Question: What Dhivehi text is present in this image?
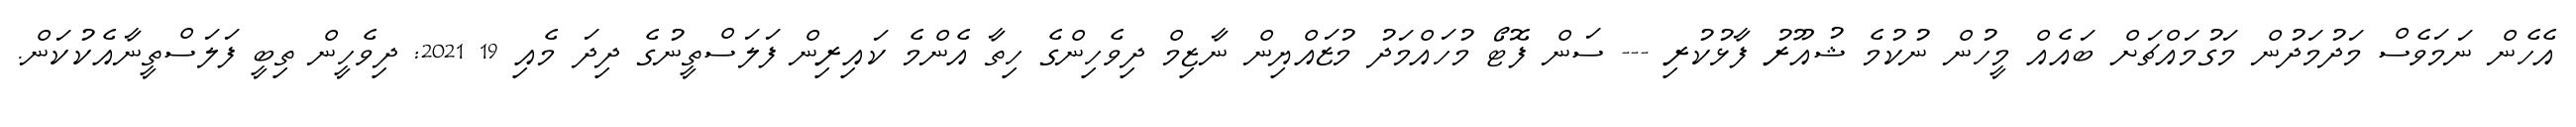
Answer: އެހެން ނަމަވެސް މަދުމަދުން މަގުމައްޗަށް ބައެއް މީހުން ނުކުމެ ޝުއޫރު ފާޅުކުރި --- ސަން ފޮޓޯ މުހައްމަދު މުޒައްޔިން ނާޒިމް ދިވެހިންގެ ހިތާ އެންމެ ކައިރިން ފަލަސްތީނުގެ ދިދަ މެއި 19 2021: ދިވެހީން ތިބީ ފަލަސްތީނާއެކުކަން.